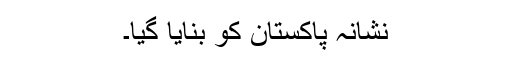
نشانہ پاکستان کو بنایا گیا۔